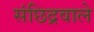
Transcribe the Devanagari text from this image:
संछिद्रवाले